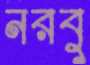
নরবু